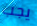
يجب